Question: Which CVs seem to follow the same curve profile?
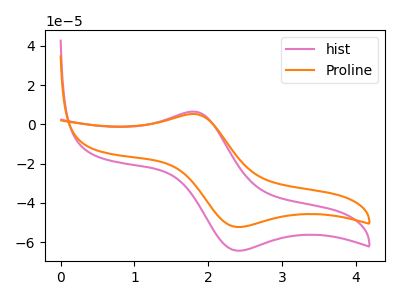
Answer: <think>The pink curve "hist" has an anodic peak at (1.80V, 6.45uA) and a cathodic peak at (2.40V, -64.30uA). The orange curve "Proline" has an anodic peak at (1.80V, 5.25uA) and a cathodic peak at (2.40V, -52.25uA).
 All the peaks in "hist" have a peak in "Proline" at the same potential. Every peak in "hist" is higher than every peak in "Proline".</think>
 <answer>"Proline" and "hist" have the same shape and are likely CV's of the same chemical.</answer>
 <eval>"Proline" "hist"</eval>